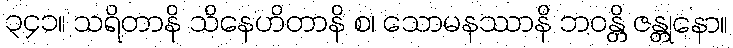
၃၄၁။ သရိတာနိ သိနေဟိတာနိ စ၊ သောမနဿာနိ ဘဝန္တိ ဇန္တုနော။